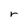
Character: r